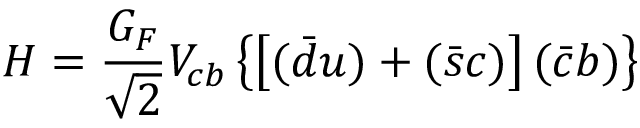
H = { \frac { G _ { F } } { \sqrt 2 } } V _ { c b } \left\{ \left[ ( \bar { d } u ) + ( \bar { s } c ) \right] ( \bar { c } b ) \right\}